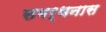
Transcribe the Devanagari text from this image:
समर्थनास